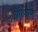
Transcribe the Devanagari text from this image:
शेतीविषक